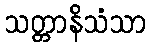
သတ္တာနိသံသာ